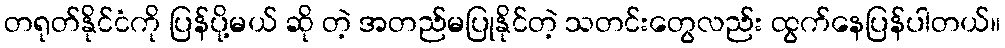
တရုတ်နိုင်ငံကို ပြန်ပို့မယ် ဆို တဲ့ အတည်မပြုနိုင်တဲ့ သတင်းတွေလည်း ထွက်နေပြန်ပါတယ်။